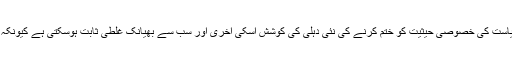
ریاست کے حالات و واقعات پر گہری نظر رکھنے والے مبصرین اس بات پر متفق ہیں کہ ریاست کی خصوصی حیثیت کو ختم کرنے کی نئی دہلی کی کوشش اسکی آخری اور سب سے بھیانک غلطی ثابت ہوسکتی ہے کیونکہ اسکے بعد سرینگر اور دلی کے درمیان خلیج اتنی گہری ہوگی کہ اسے پاٹنا ممکن ہی نہ ہوگا۔